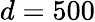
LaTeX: d=500